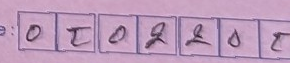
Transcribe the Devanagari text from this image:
० ट ० २  ल ो र